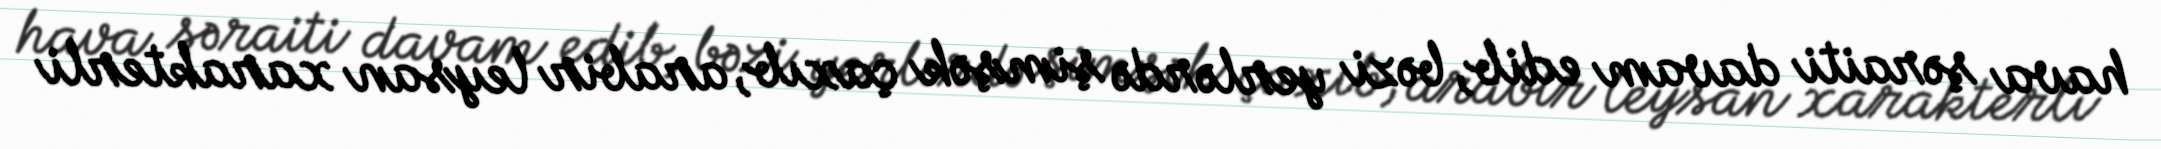
hava şəraiti davam edib, bəzi yerlərdə şimşək çaxıb, arabir leysan xarakterli